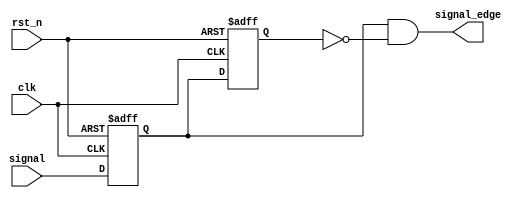
module edge_detect(
    input signal,
    output signal_edge,
    
    input clk, 
    input rst_n
);

parameter is_raise = 1;

reg signal_1, signal_0;
assign signal_edge = is_raise ? signal_0 && ~signal_1 : ~signal_0 && signal_1;

always @(posedge clk or negedge rst_n) begin
    if (!rst_n) begin
        signal_0 <= 0;
        signal_1 <= 0;
    end else begin
        signal_0 <= signal;
        signal_1 <= signal_0;
    end
end

endmodule